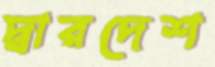
দ্বারদেশ